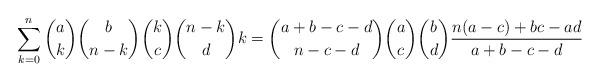
LaTeX: \begin{align*} \sum_{k=0}^n \binom{a}{k}\binom{b}{n-k}\binom{k}{c}\binom{n-k}{d} k = \binom{a+b-c-d}{n-c-d}\binom{a}{c}\binom{b}{d} \frac{n(a-c)+bc-ad}{a+b-c-d}\end{align*}